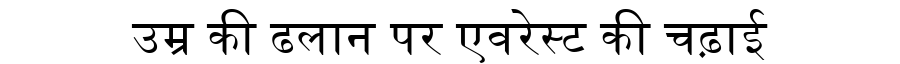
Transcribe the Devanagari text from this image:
उम्र की ढलान पर एवरेस्ट की चढ़ाई